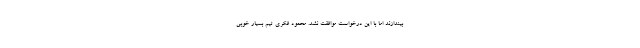
بیندازند اما با این درخواست موافقت نشد. محمود فکری تیم بسیار خوبی